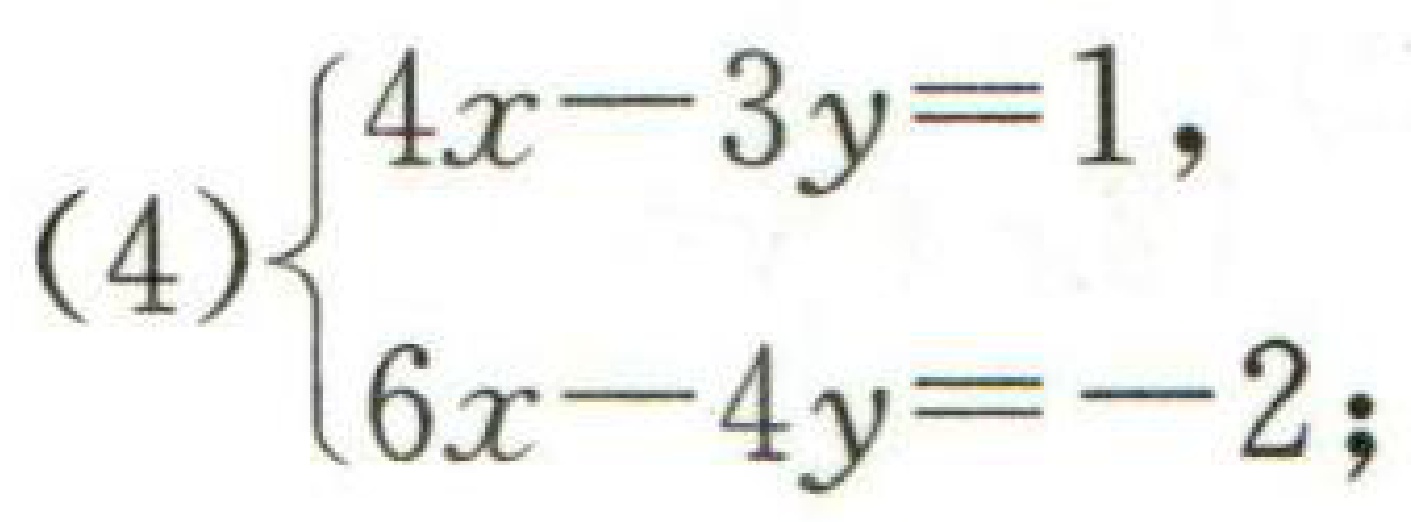
(4)\(\begin{cases}4x - 3y = 1,\\6x - 4y = - 2;\end{cases}\)